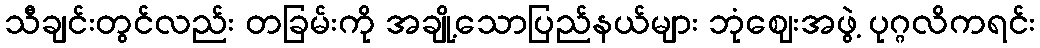
သီချင်းတွင်လည်း တခြမ်းကို အချို့သောပြည်နယ်များ ဘုံဈေးအဖွဲ့ ပုဂ္ဂလိကရင်း